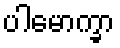
ပါမောက္ခာ